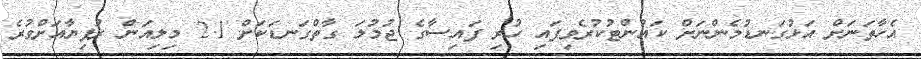
އެހާތަނަށް އަޅުގަނޑުމެންނަށް ކައުންޓުކުރެވިފައި ހުރި ފައިސާގެ ޖުމުލަ ގާތްގަނޑަކަށް 2.1 މިލިއަން ރުފިޔާއަށްވުރެ